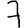
Digit: 7